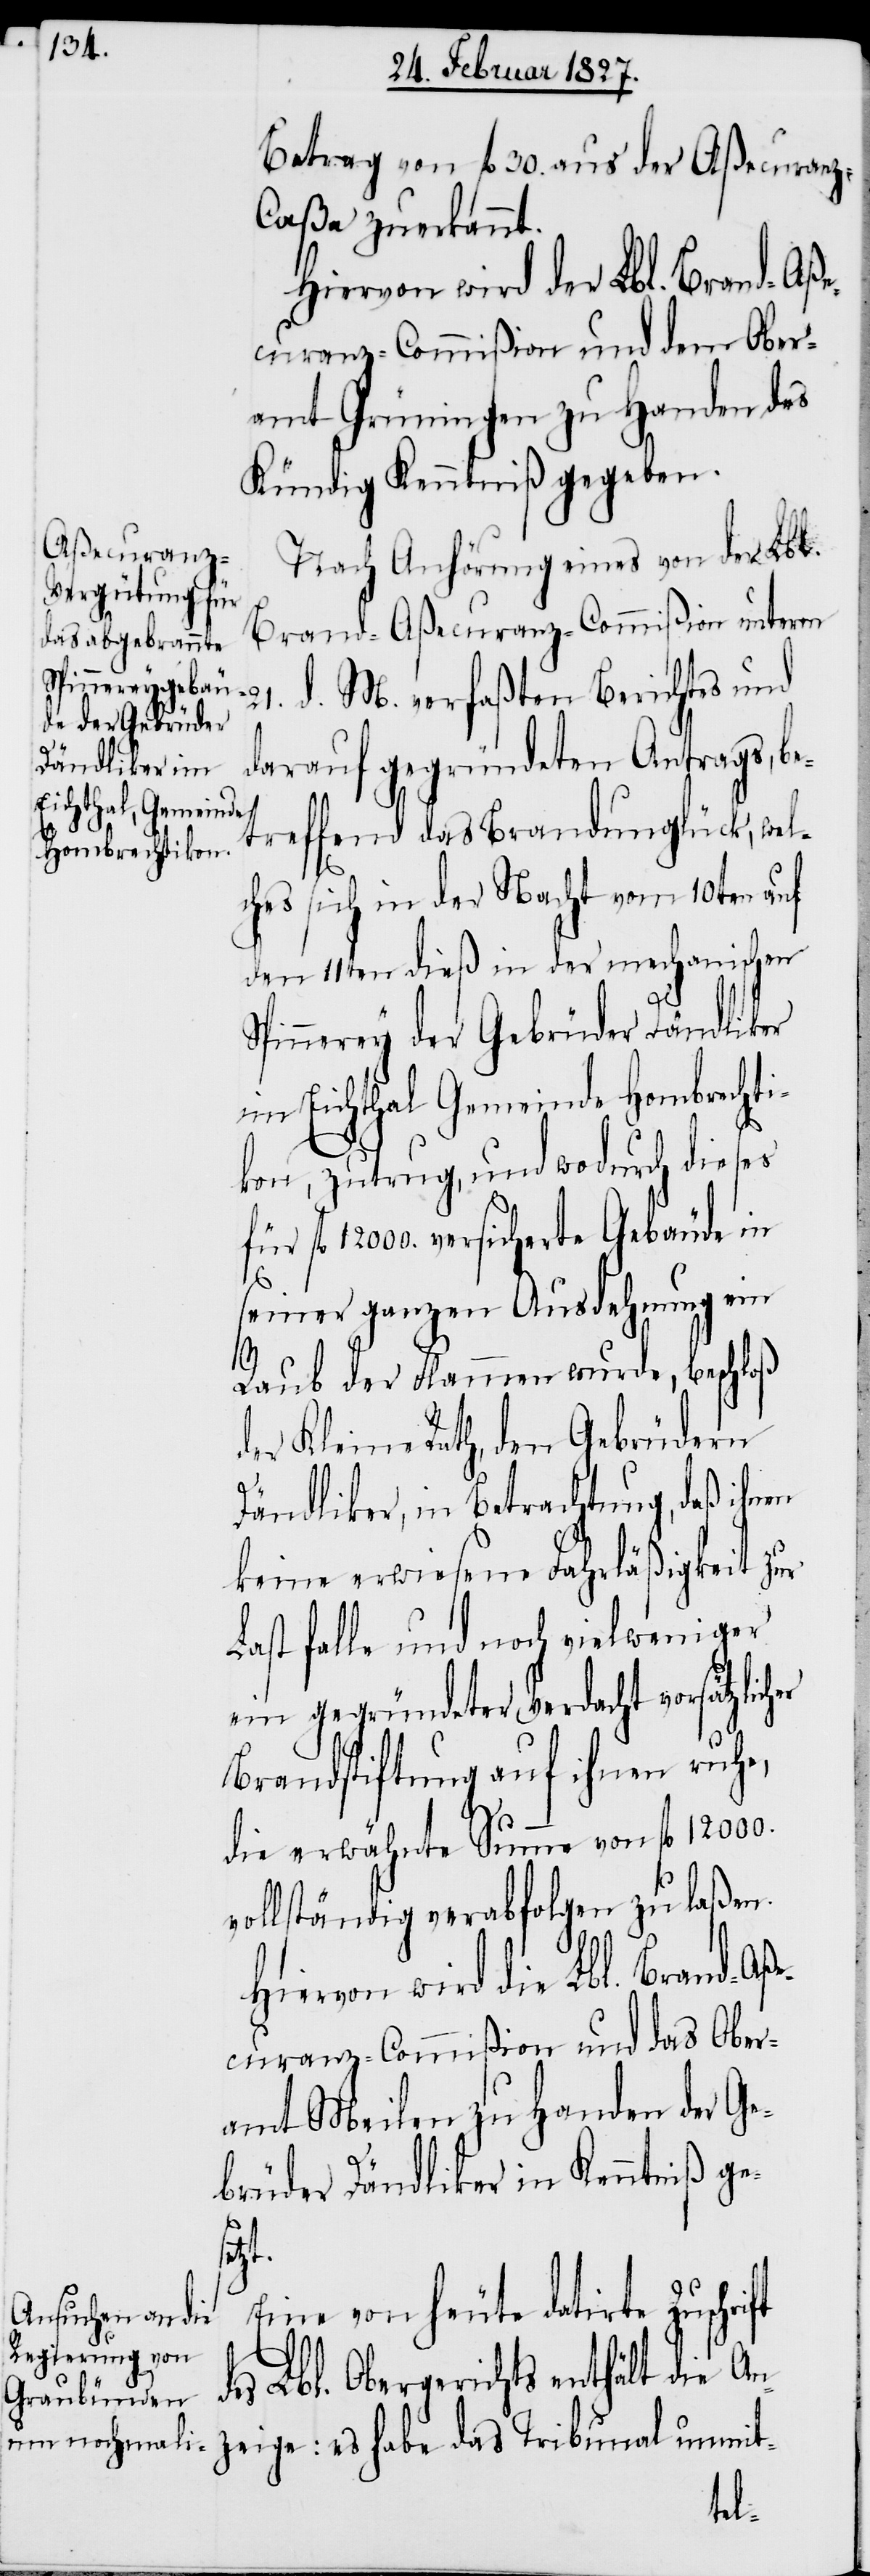
Betrag von fl. 30. aus der Aßecuran¬
z-Caßa zuerkannt.
Hiervon wird die Lbl. Brand-Aße¬
curanz-Commißion und dem Ober¬
amt Grüningen zu Handen des
Kündig Kenntniß gegeben.
Nach Anhörung eines von der Lbl.
Brand-Aßecuranz-Commißion unterm
21. d. M. verfaßten Berichtes und
darauf gegründeten Antrags, be¬
treffend das Brandunglück, wel¬
ches sich in der Nacht vom 10ten auf
den 11ten dieß in der mechanischen
pinnerey der Gebrüder Dändliker
im Eichthal Gemeinde Hobrechti¬
kon, zutrug, und wodurch dieses
fl. 12000, versicherte Gebäude in
seiner ganzen Ausdehnung ein
ge:
Raub der Flammen wurde, beschloß
der Kleine Rath, den Gebrüdern
Dändliker, in Betrachtung, daß ihnen
keine erwiesene Fahrläßigkeit zur
Last falle und noch vielweniger
ein gegründeter Verdacht vorsätzlic¬
Brandstiftung auf ihnen ruhe,
die erwähnte Summe von fl. 12000.
vollständig verabfolgen zu laßen.
curanz-Commißion und das Ober¬
amt Meilen zu Handen der Ge¬
brüder Dändliker in Kenntniß ge¬
ft
Eine von heute datirte Zuschri¬
des Lbl. Obergerichts enthält die An¬
habe